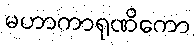
မဟာကာရုဏိကော